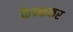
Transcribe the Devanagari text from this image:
फैन्ककर